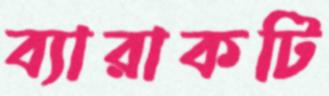
ব্যারাকটি